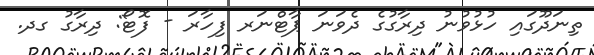
ތިނަދޫގައި ހުޅުވުނު ދިރާގުގެ ދެވަނަ ޕާޓްނަރ ފިހާރަ - ފޮޓޯ: ދިރާގު ގދ.